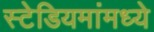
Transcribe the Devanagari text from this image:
स्टेडियमांमध्ये